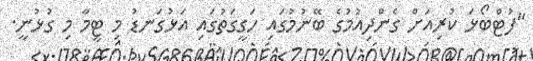
"ފުޓްބޯޅަ ކުރިއަށް ގެންދިއުމުގެ ބޭނުމުގައި ހަގީގަތުގައި އަޅުގަނޑު މި ޓީމާ މި ގުޅުނީ.